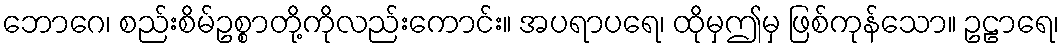
ဘောဂေ၊ စည်းစိမ်ဥစ္စာတို့ကိုလည်းကောင်း။ အပရာပရေ၊ ထိုမှဤမှ ဖြစ်ကုန်သော။ ဥဠာရေ၊